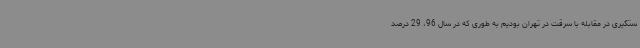
ستگیری در مقابله با سرقت در تهران بودیم به طوری که در سال 96، 29 درصد